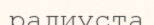
радиуста